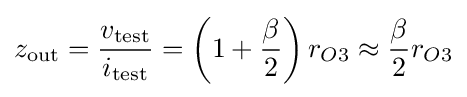
z_{\text{out}}={\frac {v_{\text{test}}}{i_{\text{test}}}}=\left(1+{\frac {\beta }{2}}\right)r_{O3}\approx {\frac {\beta }{2}}r_{O3}